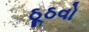
ઠૂઠવો